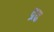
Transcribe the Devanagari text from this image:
द्रढ